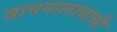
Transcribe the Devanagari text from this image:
वाचनालायाची